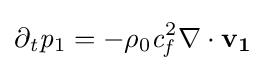
\partial _{\mathit {t}}{\mathit {p}}_{1}=-{\mathit {\rho }}_{0}{\mathit {c}}_{\mathit {f}}^{2}\nabla \cdot {\textbf {v}}_{\textbf {1}}